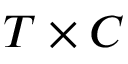
T \times C